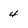
Character: 4